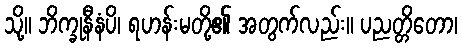
သို့။ ဘိက္ခုနီနံပိ၊ ရဟန်းမတို့၏ အတွက်လည်း။ ပညတ္တိတော၊